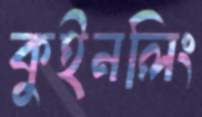
কুইনলিং